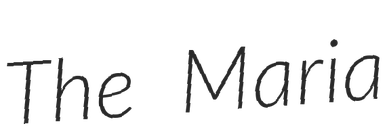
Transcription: The Maria